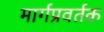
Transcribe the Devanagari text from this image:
मार्गप्रवर्तक